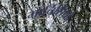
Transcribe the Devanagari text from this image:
मार्चिसियो